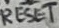
Text: RESET